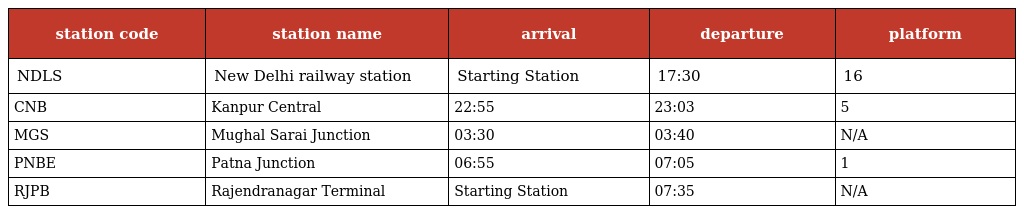
| station code | station name | arrival | departure | platform |
 | --- | --- | --- | --- | --- |
 | NDLS | New Delhi railway station | Starting Station | 17:30 | 16 |
 | CNB | Kanpur Central | 22:55 | 23:03 | 5 |
 | MGS | Mughal Sarai Junction | 03:30 | 03:40 | N/A |
 | PNBE | Patna Junction | 06:55 | 07:05 | 1 |
 | RJPB | Rajendranagar Terminal | Starting Station | 07:35 | N/A |